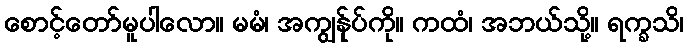
စောင့်တော်မူပါလော။ မမံ၊ အကျွန်ုပ်ကို။ ကထံ၊ အဘယ်သို့။ ရက္ခသိ၊